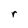
Character: r